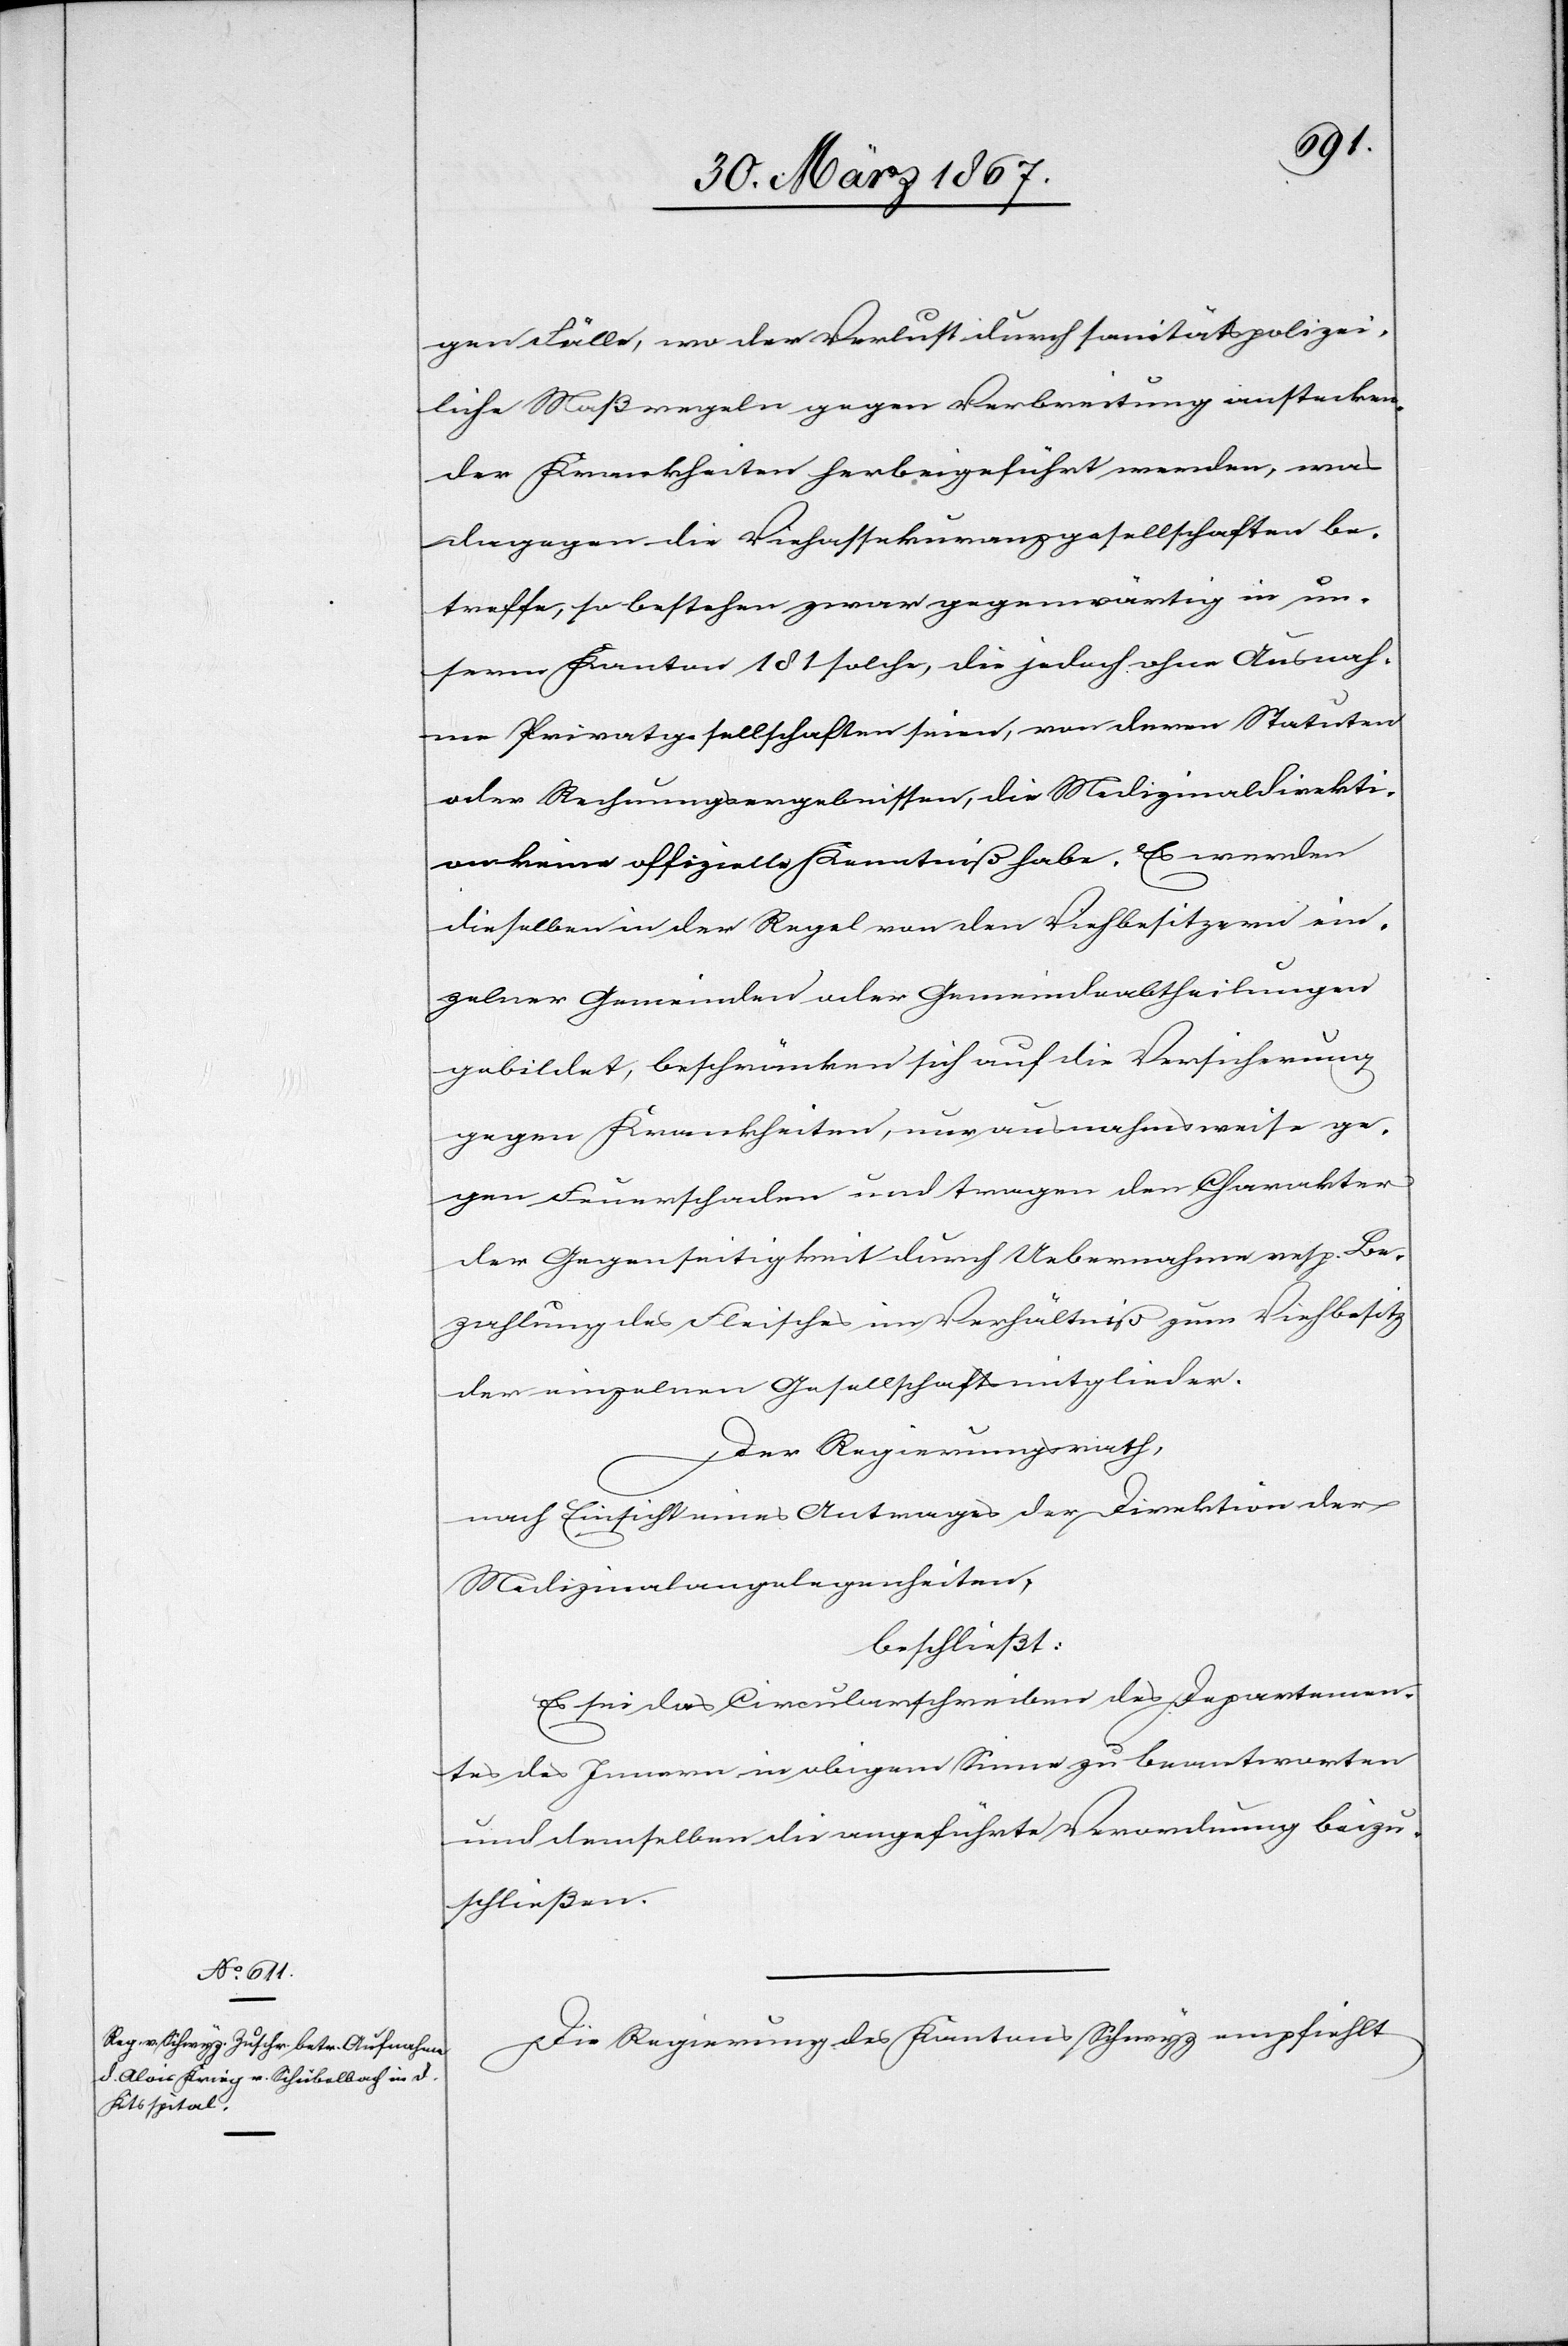
gen Fälle, wo der Verlust durch sanitätspolizei¬
liche Maßregeln gegen Verbreitung anstecken¬
der Krankheiten herbeigeführt werden, was
dagegen die Viehassekuranzgesellschaften be¬
treffe, so bestehen zwar gegenwärtig in un¬
serm Kanton 181 solche, die jedoch ohne Ausnah¬
me Privatgesellschaften seien, von denen Statuten
oder Rechnungsergebnissen, die Medizinaldirekti¬
on keine offizielle Kenntniß habe. Es werden
dieselben in der Regel von den Viehbesitzern ein¬
zelner Gemeinden oder Gemeindeabtheilungen
gebildet, beschränken sich auf die Versicherung
gegen Krankheiten, nur ausnahmsweise ge¬
gen Feuerschaden und tragen den Charakter
der Gegenseitigkeit durch Uebernahme resp. Be¬
zahlung des Fleisches im Verhältniß zum Viehbesitz
der einzelnen Gesellschaftsmitglieder.
Der Regierungsrath,
nach Einsicht eines Antrages der Direktion der
Medizinalangelegenheiten,
beschließt:
Es sei das Circularschreiben des Departemen¬
tes des Innern in obigem Sinne zu beantworten
und demselben die angeführte Verordnung beizu¬
schließen.
Die Regierung des Kantons Schwyz empfiehlt